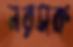
নরসক